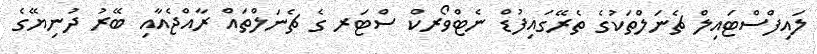
ލައިފްސްޓައިލް ޗެނަލްތަކުގެ ތެރޭގައިފުޑް ނެޓްވޯރކް ސްޓަރ ގެ ޗެނަލްތައް ރާއްޖެއާއި ބޭރު ދުނިޔޭގެ